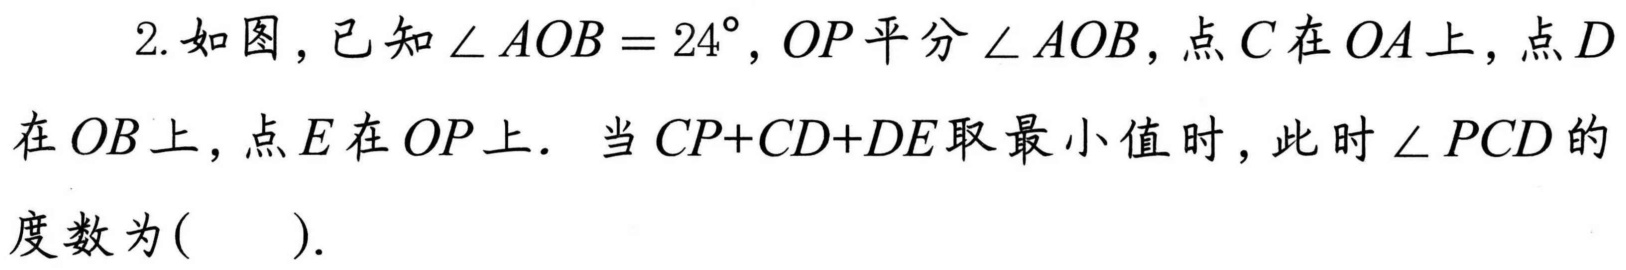
2. 如图，已知\(\angle AOB = 24^{\circ}\)，\(OP\)平分\(\angle AOB\)，点\(C\)在\(OA\)上，点\(D\)在\(OB\)上，点\(E\)在\(OP\)上．当\(CP + CD+DE\)取最小值时，此时\(\angle PCD\)的度数为(  ).